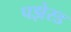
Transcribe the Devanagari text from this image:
पझेस्ड